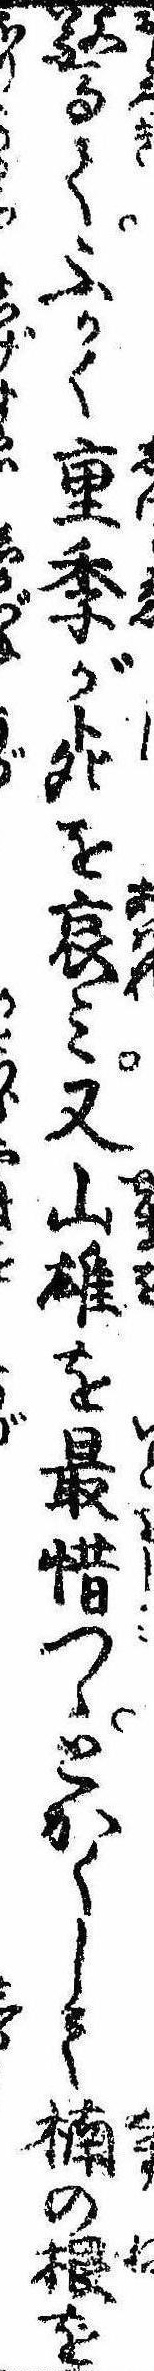
驚てふかく重季が死を哀み又山雄を最惜つゝとかくして楠の根を